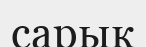
сарык